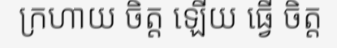
ក្រហាយ ចិត្ត ឡើយ ធ្វើ ចិត្ត